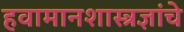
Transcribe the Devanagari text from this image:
हवामानशास्त्रज्ञांचे